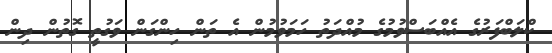
ކްލަބްފަރުގެ އެއްބަސްވުމުގެ މުއްދަތު ހަމަވުމުން އެ ތަން ހިންގަން ވަގުތީ ގޮތުން ދިން